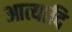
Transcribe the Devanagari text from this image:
आत्यादि